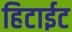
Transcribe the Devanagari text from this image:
हिटाईट